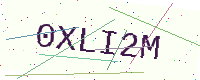
Text: 0XLI2M